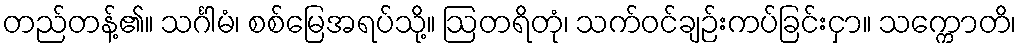
တည်တန့်၏။ သင်္ဂါမံ၊ စစ်မြေအရပ်သို့။ ဩတရိတုံ၊ သက်ဝင်ချဉ်းကပ်ခြင်းငှာ။ သက္ကောတိ၊